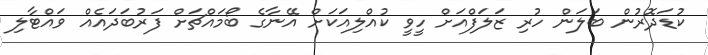
ކުޑަދޮރުން ބަލަން ހުރި ޒަލަފްއަށް ހީވީ ކުއްލިއަކަށް އޭނާގެ ބޯމައްޗަށް ފަރުބަދައެއް ވައްޓާލި